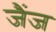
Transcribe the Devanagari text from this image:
जैंज